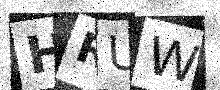
Text: HRUW